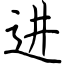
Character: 进